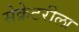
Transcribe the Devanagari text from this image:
सेक्रेटरीला